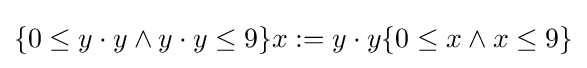
\{0\leq y\cdot y\wedge y\cdot y\leq 9\}x:=y\cdot y\{0\leq x\wedge x\leq 9\}